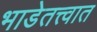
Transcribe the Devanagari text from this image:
भाडेतत्त्वात